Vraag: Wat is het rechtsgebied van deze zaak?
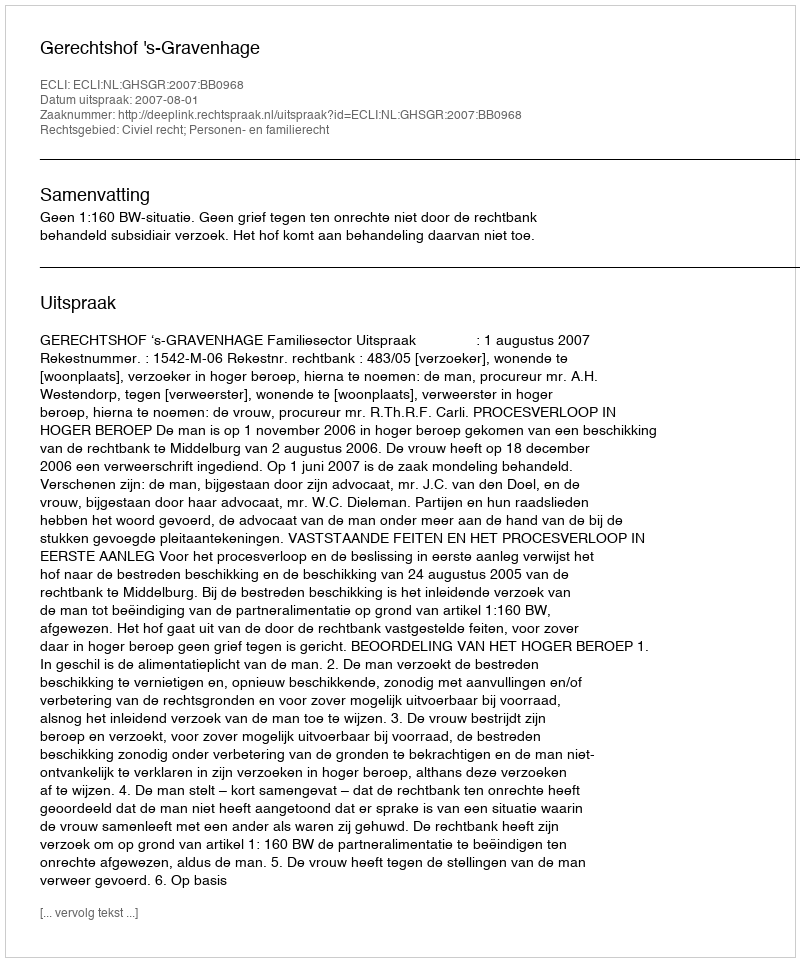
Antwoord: Civiel recht; Personen- en familierecht